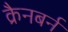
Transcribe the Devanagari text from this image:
क्रैनबर्न